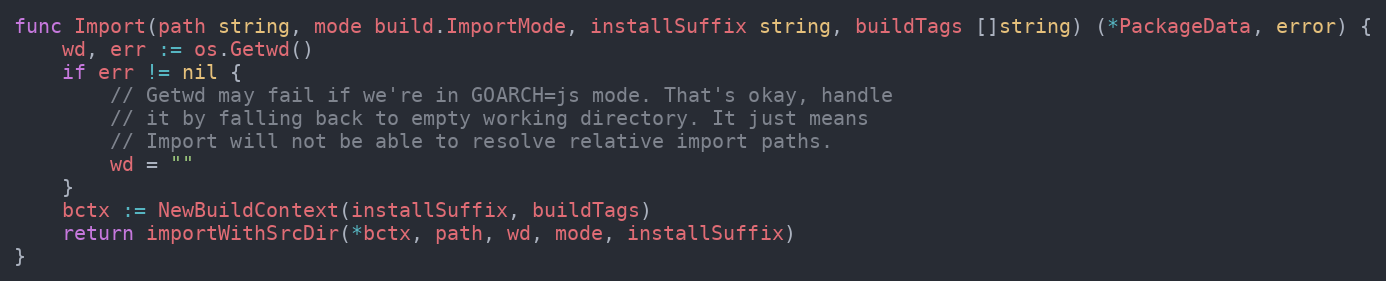
Language: Go
func Import(path string, mode build.ImportMode, installSuffix string, buildTags []string) (*PackageData, error) {
	wd, err := os.Getwd()
	if err != nil {
		// Getwd may fail if we're in GOARCH=js mode. That's okay, handle
		// it by falling back to empty working directory. It just means
		// Import will not be able to resolve relative import paths.
		wd = ""
	}
	bctx := NewBuildContext(installSuffix, buildTags)
	return importWithSrcDir(*bctx, path, wd, mode, installSuffix)
}